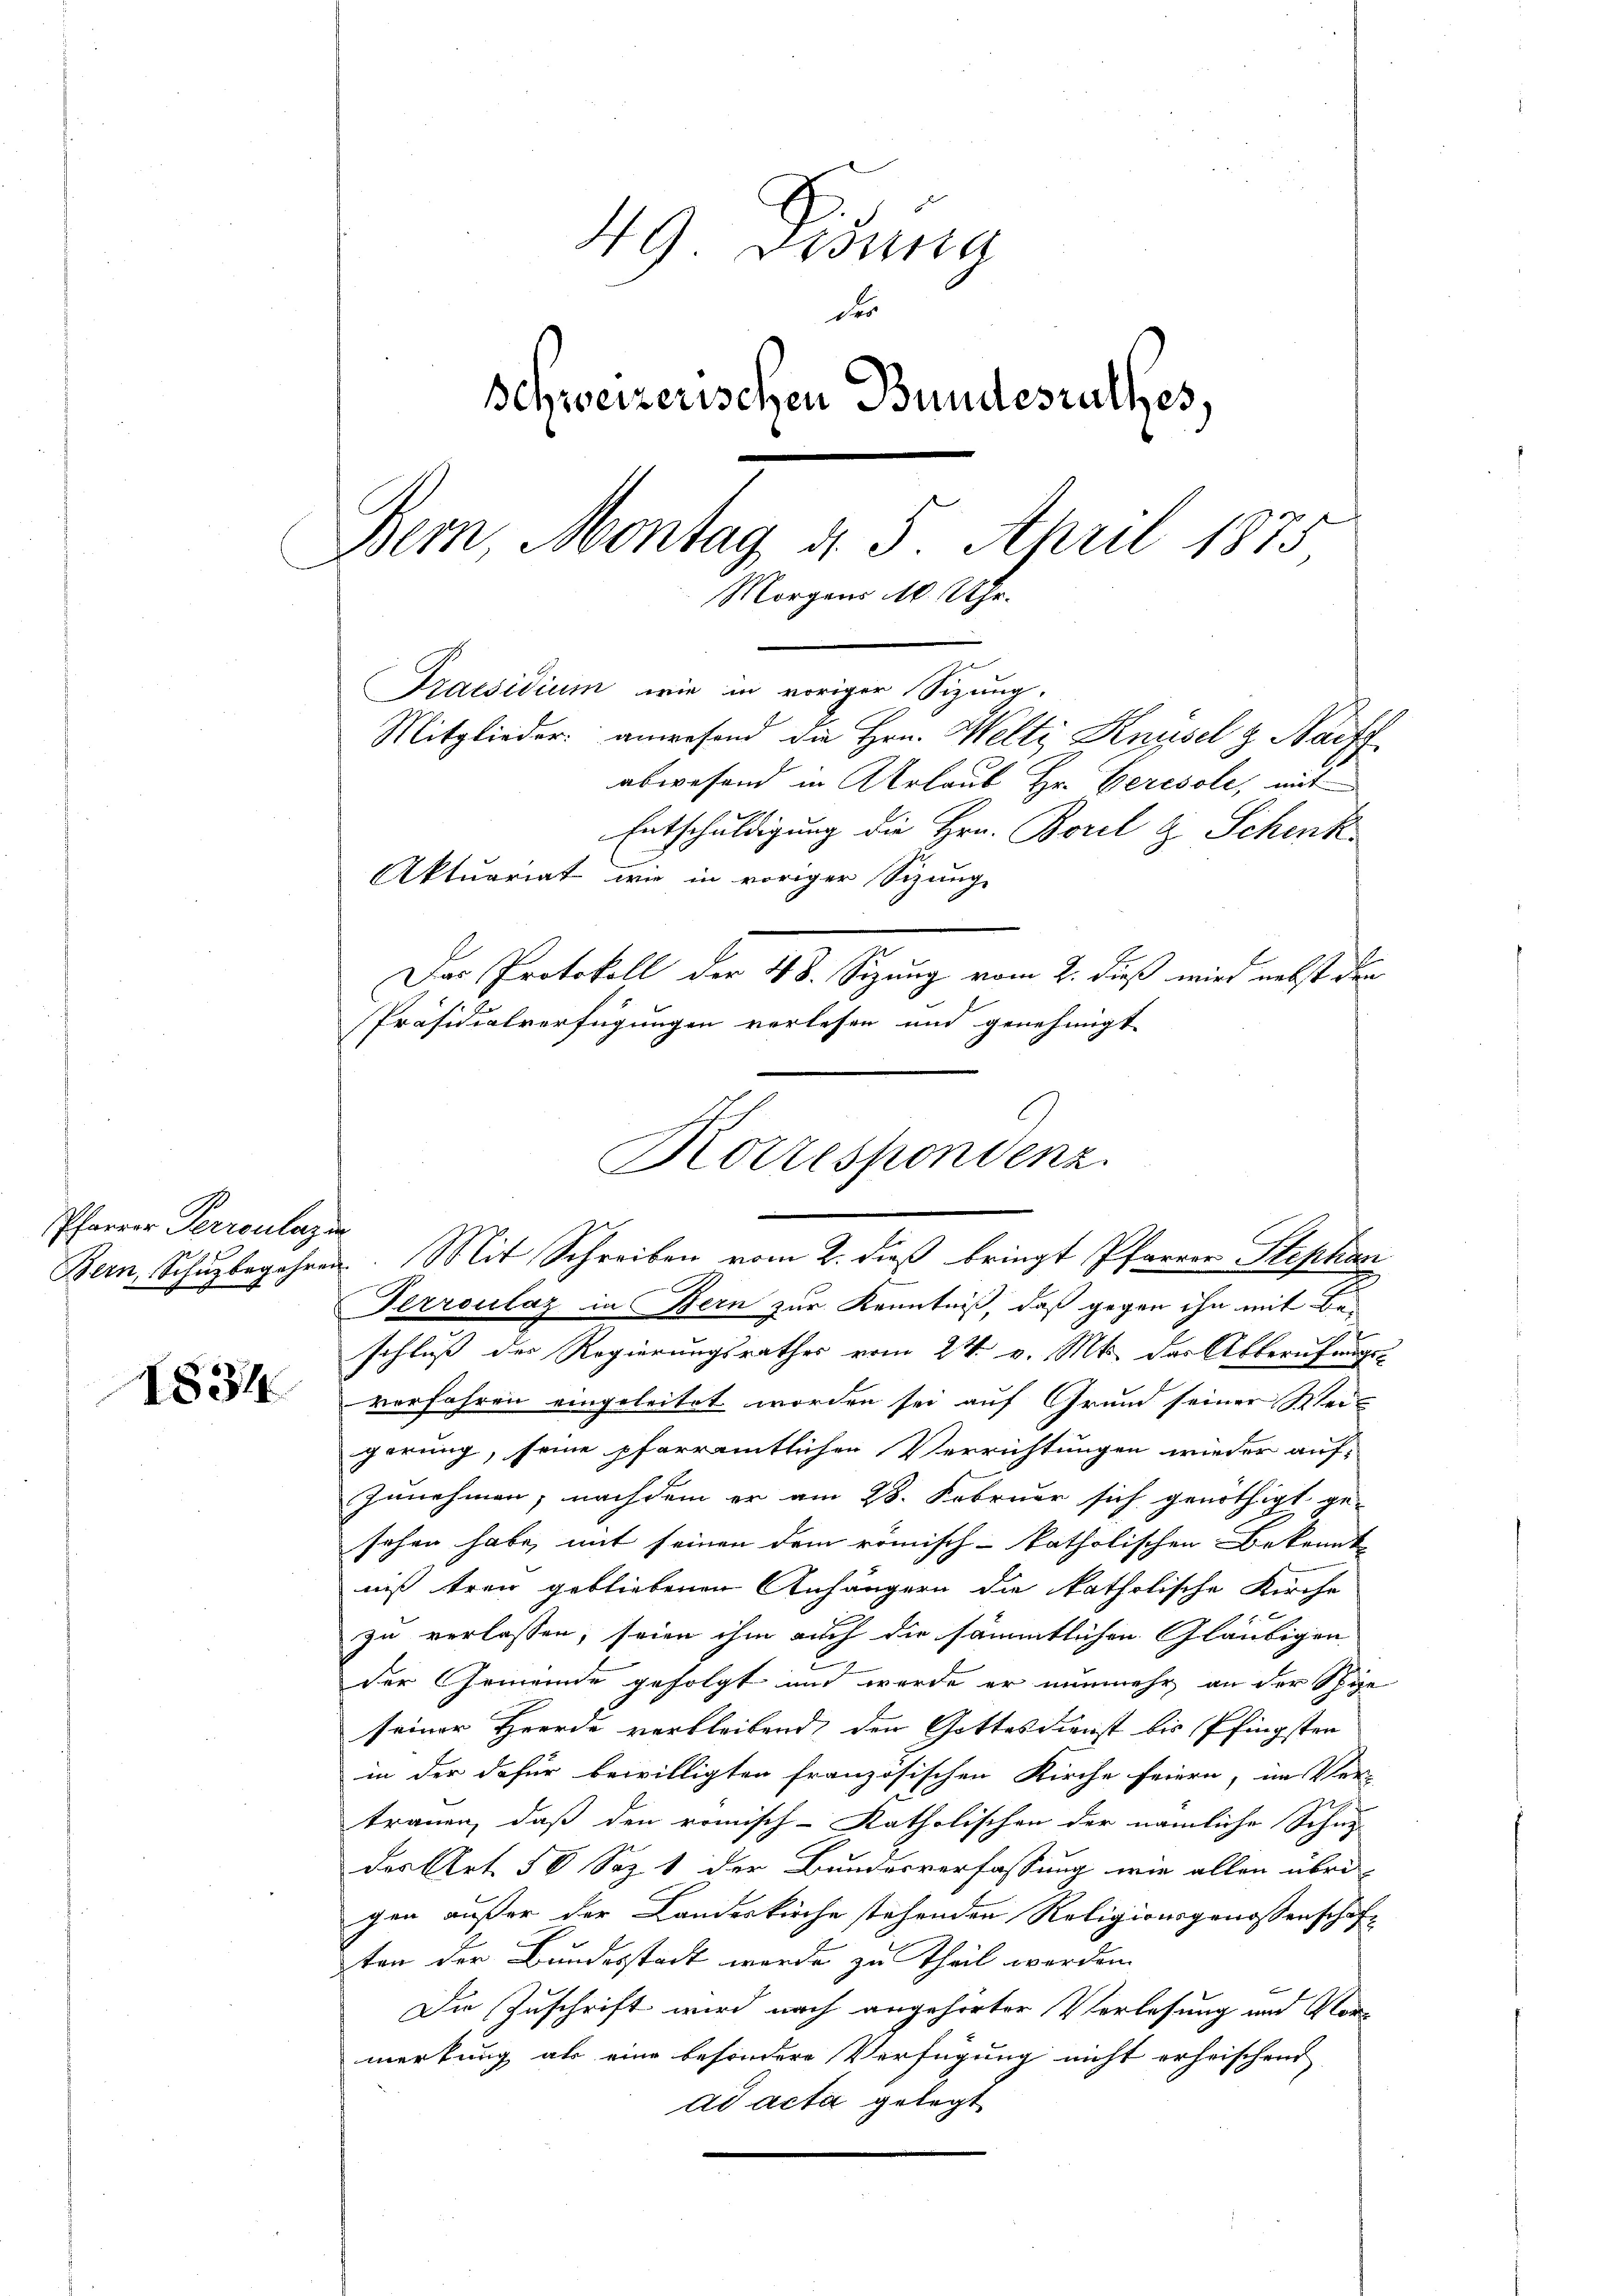
Pfarrer Perroulagen

1834

49 Didung
der
Schweizerischen Bundesrathes,
Bern, Montag d. 5. April 1875
Morgens M. Uhr.
Praesidium, wie in voriger Sizung.
Mitglieder anwesend die Hrn. Welti Knüsel z. Nachf
abwesend in Arlaub Hr. Beresole, mit
Entschuldigung die Hrn. Borel & Schenk
Aktuariat wie in voriger Sitzung
Das Protokoll der 48. Sizung vom 2. dieß wird nebst den

Präsidialverfügungen verlesen und genehmigt
Perroulaz in Bern zur Kenntniß, daß gegen ihn mit Beschluß der Regierungsrathes vom 24. v. Mts. das Alberufungs-
verfahren eingeleitet worden sei auf Grund seiner Weigerung, seine pfarramtlichen Verrichtungen wieder auf-
zunehmen, nachdem er am 28. Februar sich genöthigt ge-
sehen habe, mit seinen dem römisch-katholischen Bekannt-
niß treu gebliebenen Anhängern die katholische Kirche
zu verlassen, seien ihm auch die sämmtlichen Gläubigen
der Gemeinde gefolgt und werde er nunmehr an der Spize
seiner Heerde verbleibend, den Gottesdienst bis Pfingsten
in der dafür bewilligten französischen Kirche feiern, im Ver-
trauen, daß den römisch-katholischen der nämliche Schny-
der Art. 50 Sez 1 der Bundesverfassung wie allen übri-
gen außer der Landeskirche stehenden Religionsgenossenschaften der Bundesstadt werde zu Theil werden.
Die Zuschrift wird nach angehörter Verlesung und Vormerkung als eine besondere Verfügung nicht erheischend
ad acta gelegt

Rottespondenz.
Bern, Schŭzbegehren. Mit Schreiben vom 2. dieß bringt Pfarrer Stephan